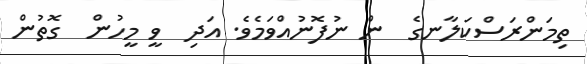
ތިމަންރަސްކަލާނގެ  ން ނުފޮނުއްވަމެވެ. އަދި  ވީ މީހުން  ގޮތުން